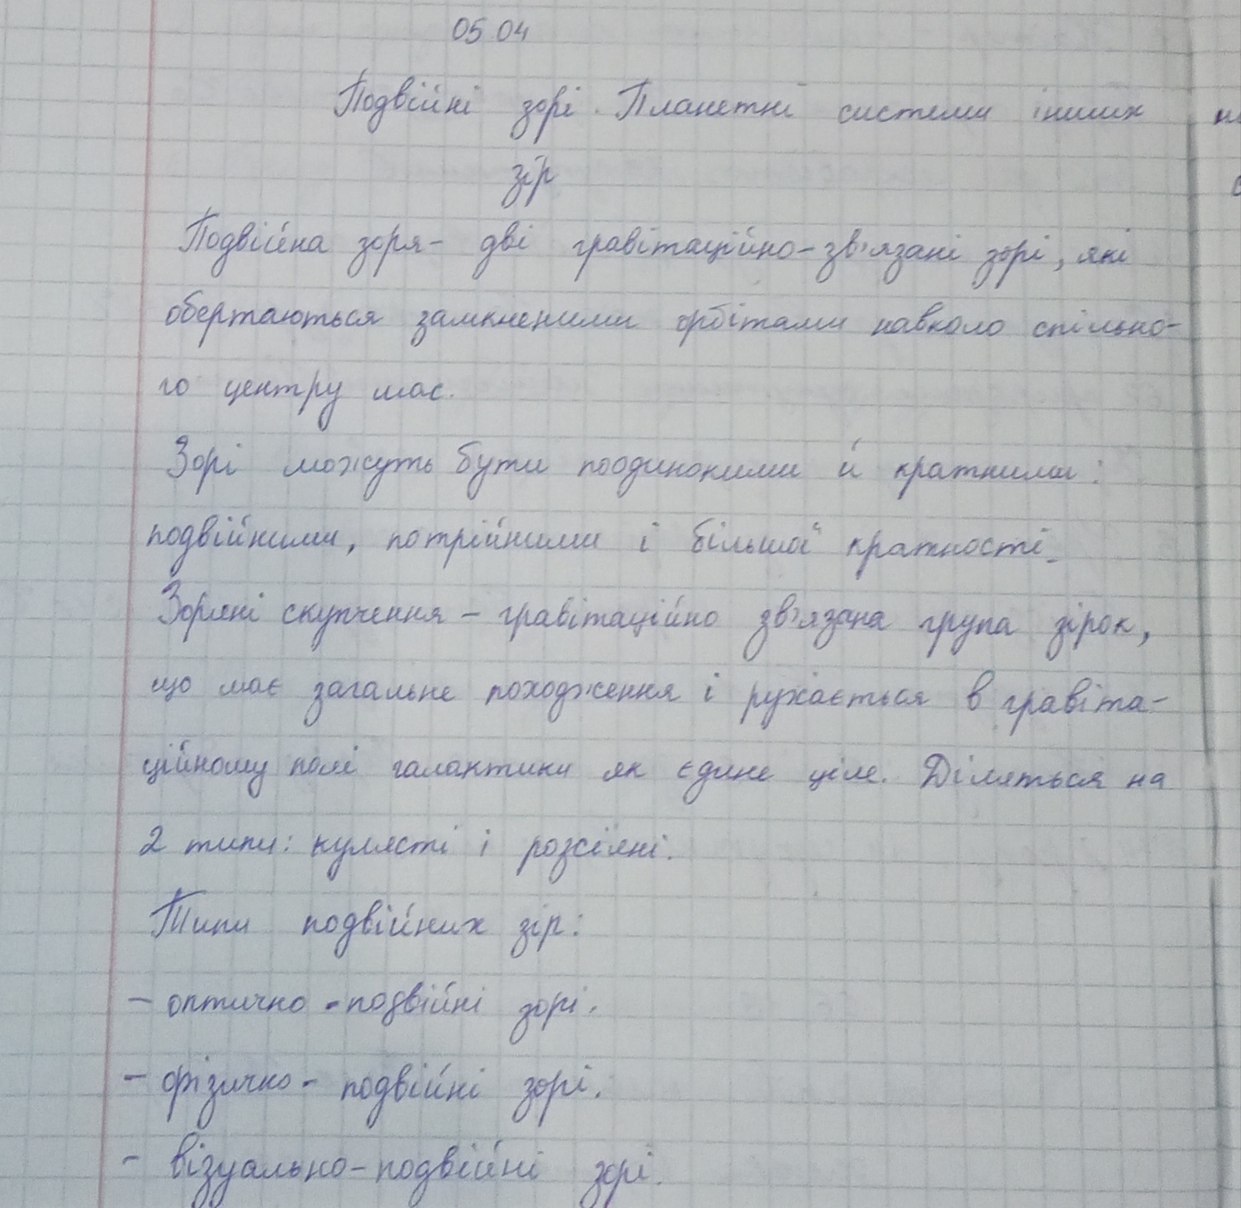
05.04
Подвійні зорі. Планетні системи інших
зір
Подвійна зоря - дві гравітаційно-зв'язані зорі, які
обертаються замкненими орбітами навколо спільно-
го центру мас.
Зорі можуть бути поодинокими й кратними.
подвійними, потрійними і більшої кратності.
Зоряні скупчення - гравітаційно зв'язана група зірок,
що має загальне походження і рухається в гравіта-
ційному полі галактики як єдине ціле. Діляться на
2 типи: кулясті і розсіяні.
Типи подвійних зір:
- оптично-подвійні зорі.
- фізично - подвійні зорі.
- візуально-подвійні зорі